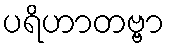
ပရိဟာတဗ္ဗာ